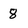
Character: 8